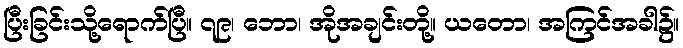
ပြီးခြင်းသို့ရောက်ပြီ။ ၇၉၊ ဘော၊ အိုအချင်းတို့။ ယတော၊ အကြင်အခါ၌။